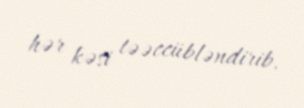
hər kəsi təəccübləndirib.